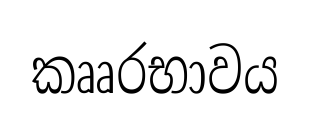
කෲරභාවය